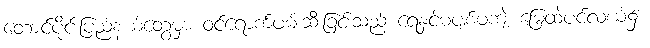
တောင်ပိုင်းပြည်နယ်တွေမှာ ဝင်ရောက်ဖမ်းဆီးခြင်းသည် ရေနှင့်မပျစ်မကျဲ မြေထဲပင်လယ်၌